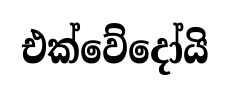
එක්වේදෝයි